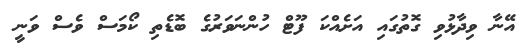
އޭނާ ވިދާޅުވި ގޮތުގައި އަށެއްކަ ފޫޓް ހުންނަވަރުގެ ބޮޑެތި ކޯމަސް ވެސް ވަނީ